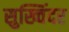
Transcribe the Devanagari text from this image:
सुख्विंदर